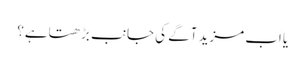
یا اَب مزید آگے کی جانب بڑھتاہے؟